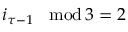
i _ { \tau - 1 } \! \mod \! 3 = 2